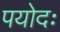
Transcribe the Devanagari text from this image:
पयोदः